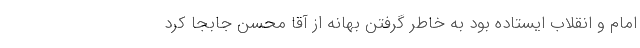
امام و انقلاب ایستاده بود به خاطر گرفتن بهانه از آقا محسن جابجا کرد